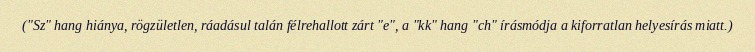
("Sz" hang hiánya, rögzületlen, ráadásul talán félrehallott zárt "e", a "kk" hang "ch" írásmódja a kiforratlan helyesírás miatt.)